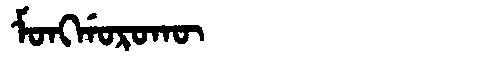
Manchu: ᠮᠣᠩᡤᠣᡵᠣᡴᡡ
Romanization: MONGGOROKŪ